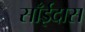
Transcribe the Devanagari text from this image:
साँईदास